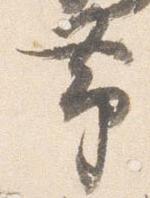
帯